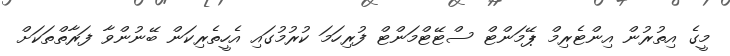
މީގެ އިތުރުން އިންޓެރިމް ޕޭމަންޓް ސްޓޭޓްމަންޓް ފުރިހަމަ ކުރުމުގައި އެހީތެރިކަން ބޭނުންވާ ފަރާތްތަކަށް